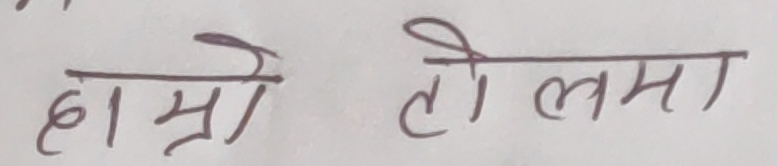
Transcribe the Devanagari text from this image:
हाम्रो टो लमा